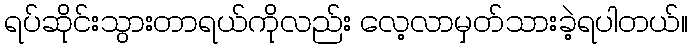
ရပ်ဆိုင်းသွားတာရယ်ကိုလည်း လေ့လာမှတ်သားခဲ့ရပါတယ်။